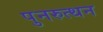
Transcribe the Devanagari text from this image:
पुनरुत्थन